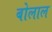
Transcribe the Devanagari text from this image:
बोलाल